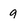
Character: 9